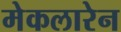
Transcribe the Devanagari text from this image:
मेकलारेन